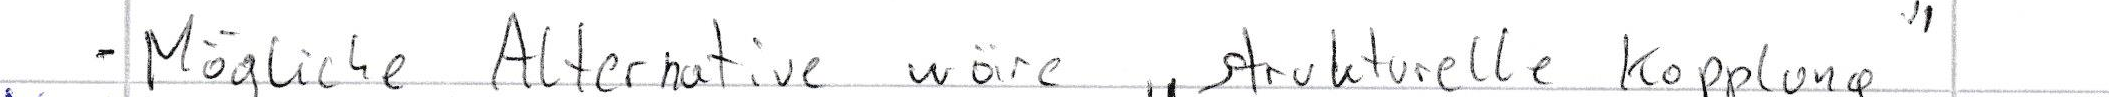
- Mögliche Alternative wäre "strukturelle Kopplung"